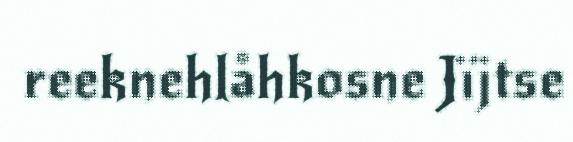
reeknehlåhkosne Jïjtse